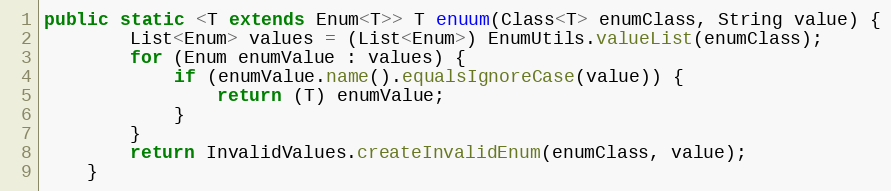
Language: Java
public static <T extends Enum<T>> T enuum(Class<T> enumClass, String value) {
		List<Enum> values = (List<Enum>) EnumUtils.valueList(enumClass);
		for (Enum enumValue : values) {
			if (enumValue.name().equalsIgnoreCase(value)) {
				return (T) enumValue;
			}
		}
		return InvalidValues.createInvalidEnum(enumClass, value);
	}